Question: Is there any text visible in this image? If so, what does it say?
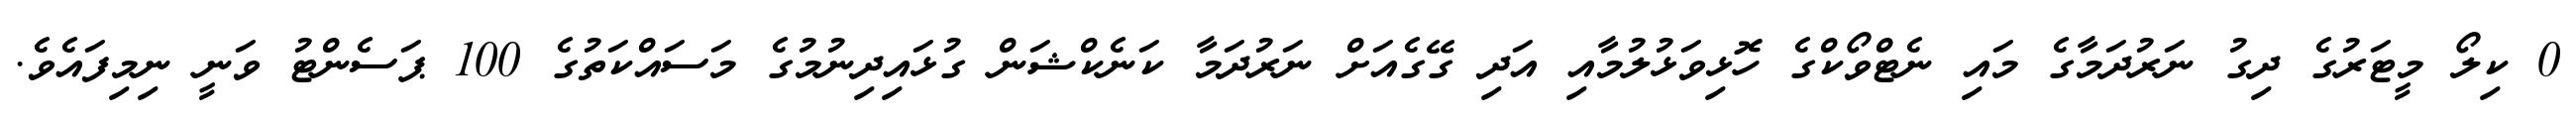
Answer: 0 ކިލޯ މީޓަރުގެ ދިގު ނަރުދަމާގެ މައި ނެޓްވޯކްގެ ހޮޅިވަޅުލުމާއި އަދި ގޭގެއަށް ނަރުދަމާ ކަނެކްޝަން ގުޅައިދިނުމުގެ މަސައްކަތުގެ 100 ޕަސެންޓު ވަނީ ނިމިފައެވެ.